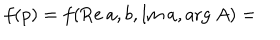
LaTeX: f ( p ) = f ( \mathrm { R e } \: a , b , \mathrm { I m } \: a , \mathrm { a r g } \: A ) =